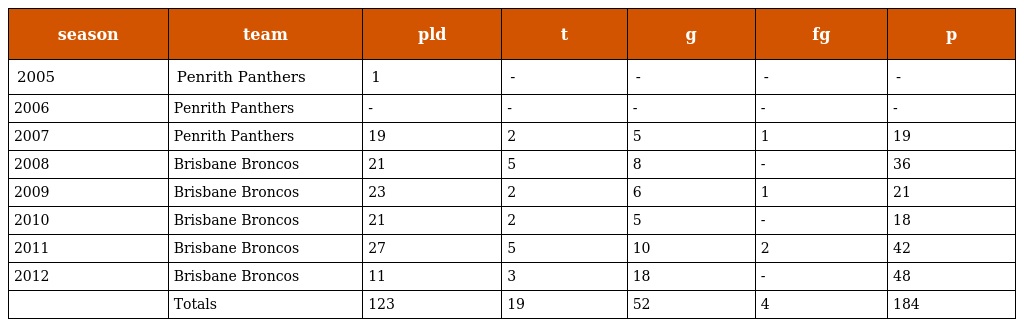
| season | team | pld | t | g | fg | p |
 | --- | --- | --- | --- | --- | --- | --- |
 | 2005 | Penrith Panthers | 1 | - | - | - | - |
 | 2006 | Penrith Panthers | - | - | - | - | - |
 | 2007 | Penrith Panthers | 19 | 2 | 5 | 1 | 19 |
 | 2008 | Brisbane Broncos | 21 | 5 | 8 | - | 36 |
 | 2009 | Brisbane Broncos | 23 | 2 | 6 | 1 | 21 |
 | 2010 | Brisbane Broncos | 21 | 2 | 5 | - | 18 |
 | 2011 | Brisbane Broncos | 27 | 5 | 10 | 2 | 42 |
 | 2012 | Brisbane Broncos | 11 | 3 | 18 | - | 48 |
 |  | Totals | 123 | 19 | 52 | 4 | 184 |